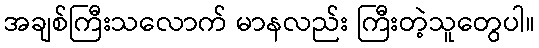
အချစ်ကြီးသလောက် မာနလည်း ကြီးတဲ့သူတွေပါ။